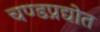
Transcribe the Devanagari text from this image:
चण्डप्रद्योत